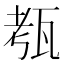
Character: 㼥